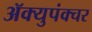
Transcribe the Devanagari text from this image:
ॲक्युपंक्चर